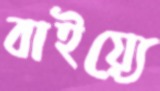
বাইয়্যে